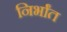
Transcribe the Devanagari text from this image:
निर्भांत